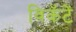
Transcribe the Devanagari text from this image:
विकॅटें